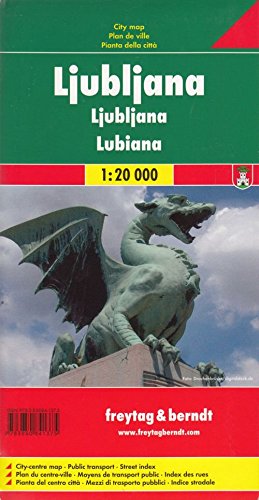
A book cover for Ljubljana; Freytag-Berndt und Artaria; Travel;